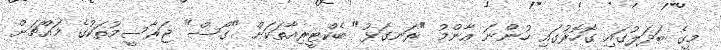
މީގެ ބަދަލުގައި ގޮހޮރުގައި ހުންނަ އާންމު "ރަނގަޅު" ބެކްޓީރިއާތަކަށް "ގޯސް" ޖަރާސީމުތަކުގެ މައްޗަށް